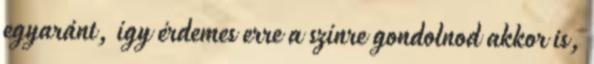
egyaránt, így érdemes erre a színre gondolnod akkor is,